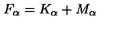
F _ { \alpha } = K _ { \alpha } + M _ { \alpha }